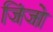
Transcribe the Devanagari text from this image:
जिंजो